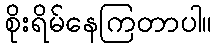
စိုးရိမ်နေကြတာပါ။